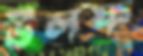
উলফ